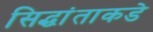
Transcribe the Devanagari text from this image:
सिद्धांताकडे